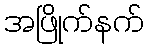
အဖြိုက်နက်